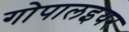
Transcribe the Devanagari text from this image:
गोपालइयर